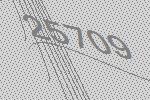
25709